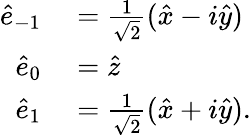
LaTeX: \begin{array}{rl}{\hat{e}_{-1}}&{{}=\frac{1}{\sqrt{2}}(\hat{x}-i\hat{y})}\\ {\hat{e}_{0}}&{{}=\hat{z}}\\ {\hat{e}_{1}}&{{}=\frac{1}{\sqrt{2}}(\hat{x}+i\hat{y}).}\end{array}